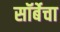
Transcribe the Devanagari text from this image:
सॉर्बेचा